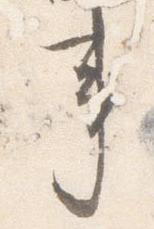
事